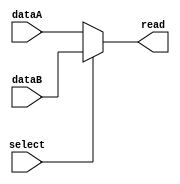
module Selector #(parameter WIDTH = 8)
(
  input wire          select,
  input wire  [WIDTH-1 : 0] dataA,
  input wire  [WIDTH-1 : 0] dataB,
  output wire [WIDTH-1 : 0] read
);

assign read = (select) ? dataB : dataA;

endmodule